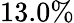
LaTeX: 13.0\%